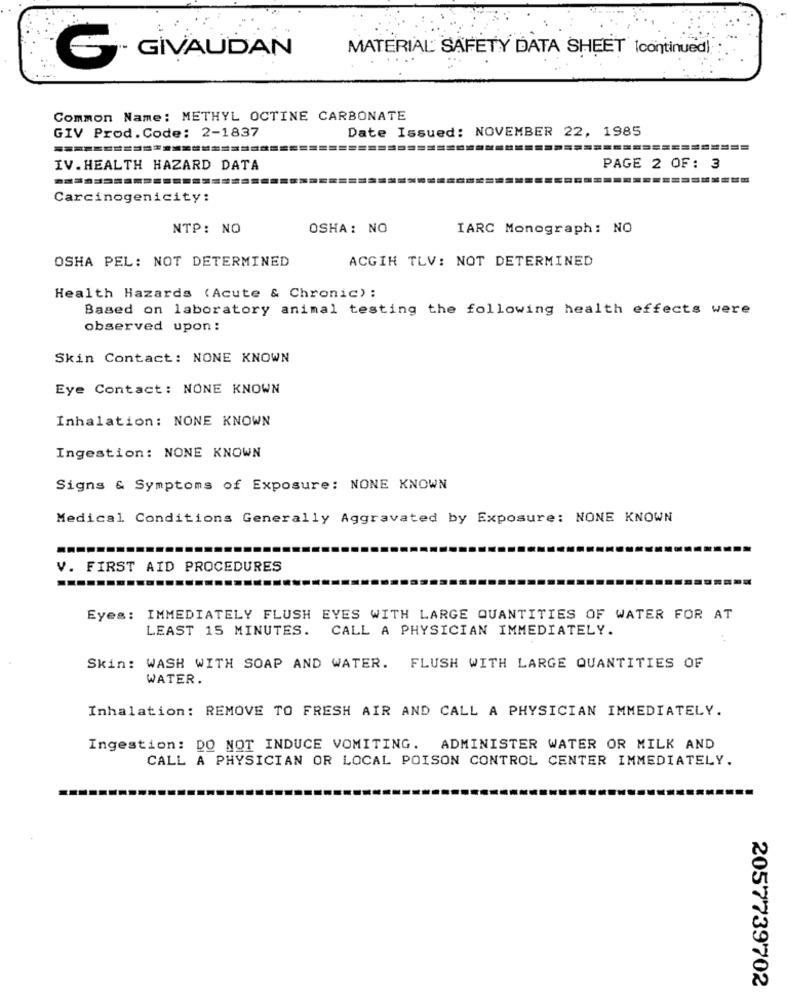
GIVAUDAN
MATERIAL SAFETY DATA SHEET Icontinued]
....
Common Name: METHYL OCTINE CARBONATE
Date Issued: NOVEMBER 22, 1985
GIV Prod. Code: 2-1837
========
IV.HEALTH HAZARD DATA
PAGE 2 OF: 3
Carcinogenicity:
NTP: NO
OSHA: NO
IARC Monograph: NO
OSHA PEL: NOT DETERMINED
ACGIH TLV: NOT DETERMINED
Health Hazards (Acute & Chronic):
Based on laboratory animal testing the following health effects were
observed upon :
Skin Contact: NONE KNOWN
Eye Contact: NONE KNOWN
Inhalation: NONE KNOWN
Ingestion: NONE KNOWN
Signs & Symptoms of Exposure: NONE KNOWN
Medical Conditions Generally Aggravated by Exposure: NONE KNOWN
V. FIRST AID PROCEDURES
Eyes: IMMEDIATELY FLUSH EYES WITH LARGE QUANTITIES OF WATER FOR AT
LEAST 15 MINUTES.
CALL A PHYSICIAN IMMEDIATELY.
Skin: WASH WITH SOAP AND WATER. FLUSH WITH LARGE QUANTITIES OF
WATER.
Inhalation: REMOVE TO FRESH AIR AND CALL A PHYSICIAN IMMEDIATELY.
Ingestion: DO NOT INDUCE VOMITING. ADMINISTER WATER OR MILK AND
CALL A PHYSICIAN OR LOCAL POISON CONTROL CENTER IMMEDIATELY.
2057739702